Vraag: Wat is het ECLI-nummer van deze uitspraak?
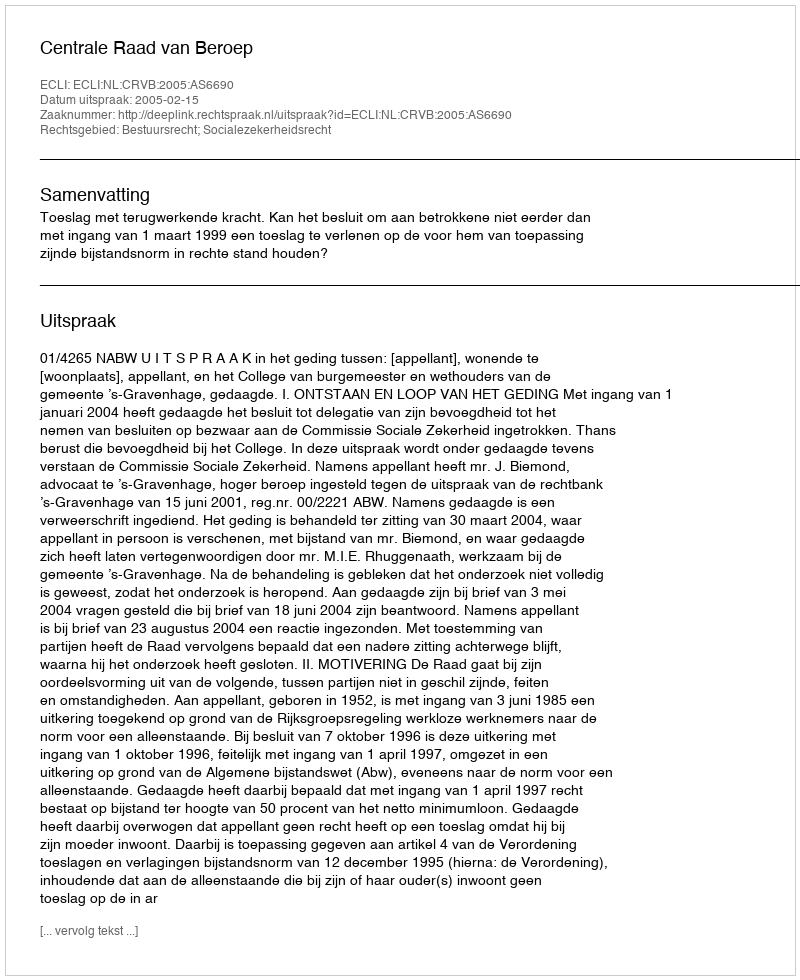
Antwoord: ECLI:NL:CRVB:2005:AS6690